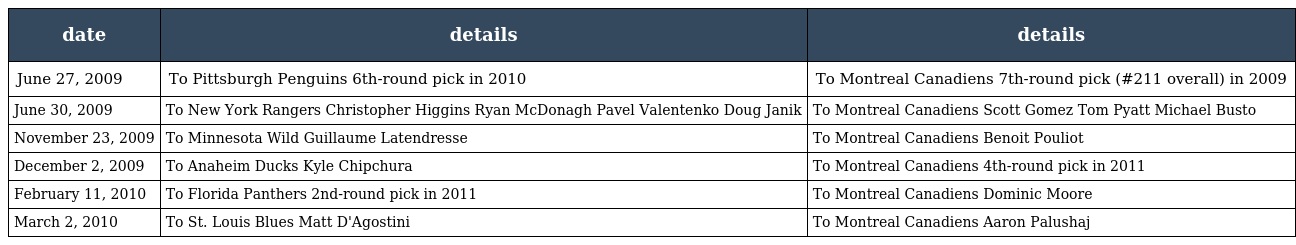
| date | details | details |
 | --- | --- | --- |
 | June 27, 2009 | To Pittsburgh Penguins 6th-round pick in 2010 | To Montreal Canadiens 7th-round pick (#211 overall) in 2009 |
 | June 30, 2009 | To New York Rangers Christopher Higgins Ryan McDonagh Pavel Valentenko Doug Janik | To Montreal Canadiens Scott Gomez Tom Pyatt Michael Busto |
 | November 23, 2009 | To Minnesota Wild Guillaume Latendresse | To Montreal Canadiens Benoit Pouliot |
 | December 2, 2009 | To Anaheim Ducks Kyle Chipchura | To Montreal Canadiens 4th-round pick in 2011 |
 | February 11, 2010 | To Florida Panthers 2nd-round pick in 2011 | To Montreal Canadiens Dominic Moore |
 | March 2, 2010 | To St. Louis Blues Matt D'Agostini | To Montreal Canadiens Aaron Palushaj |